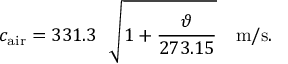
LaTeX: c _ { \mathrm { a i r } } = 3 3 1 . 3 ~ ~ { \sqrt { 1 + { \frac { \vartheta } { 2 7 3 . 1 5 } } } } ~ ~ ~ \mathrm { m / s } .